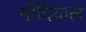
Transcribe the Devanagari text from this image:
मोदियाल